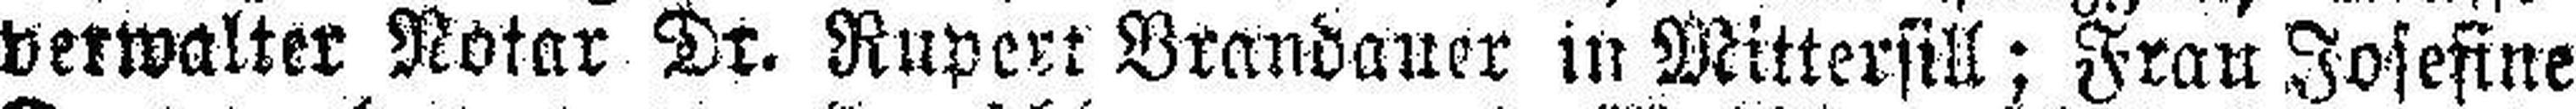
verwalter Notar Dr. Rupert Vrandauer in Mittersill; Frau Josefine